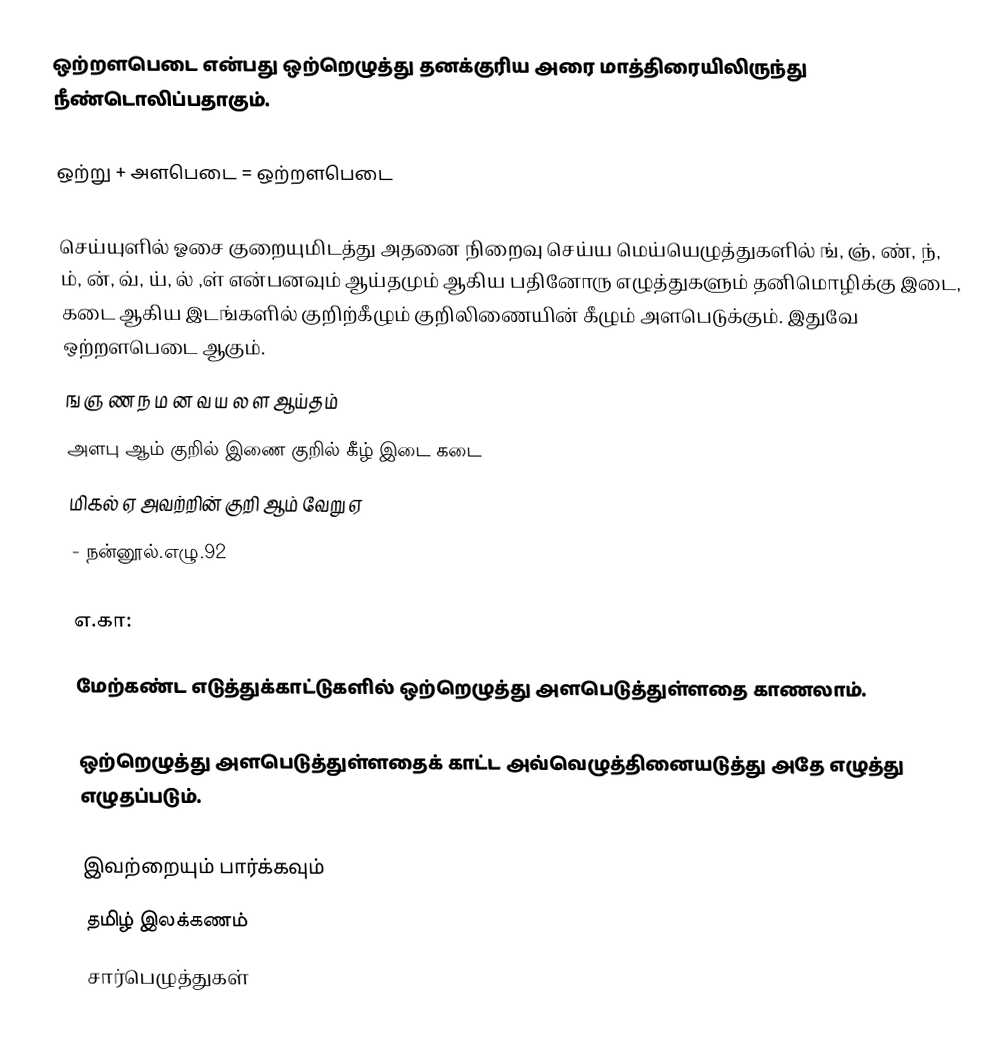
ஒற்றளபெடை என்பது ஒற்றெழுத்து தனக்குரிய அரை மாத்திரையிலிருந்து நீண்டொலிப்பதாகும்.

ஒற்று + அளபெடை = ஒற்றளபெடை

செய்யுளில் ஓசை குறையுமிடத்து அதனை நிறைவு செய்ய மெய்யெழுத்துகளில் ங், ஞ், ண், ந், ம், ன், வ், ய், ல் ,ள் என்பனவும் ஆய்தமும் ஆகிய பதினோரு எழுத்துகளும் தனிமொழிக்கு இடை, கடை ஆகிய இடங்களில் குறிற்கீழும் குறிலிணையின் கீழும் அளபெடுக்கும். இதுவே ஒற்றளபெடை ஆகும்.
 ங ஞ ண ந ம ன வ ய ல ள ஆய்தம்
 அளபு ஆம் குறில் இணை குறில் கீழ் இடை கடை
 மிகல் ஏ அவற்றின் குறி ஆம் வேறு ஏ
                                              - நன்னூல்.எழு.92

எ.கா:

மேற்கண்ட எடுத்துக்காட்டுகளில் ஒற்றெழுத்து அளபெடுத்துள்ளதை காணலாம்.

ஒற்றெழுத்து அளபெடுத்துள்ளதைக் காட்ட அவ்வெழுத்தினையடுத்து அதே எழுத்து எழுதப்படும்.

இவற்றையும் பார்க்கவும்
 தமிழ் இலக்கணம்
சார்பெழுத்துகள்